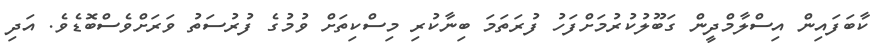
ކާބަފައިން އިސްލާމްދީން ގަބޫލުކުރުމަށްފަހު ފުރަތަމަ ބިނާކުރި މިސްކިތަށް ވުމުގެ ފުރުސަތު ވަރަށްވެސްބޮޑެވެ. އަދި